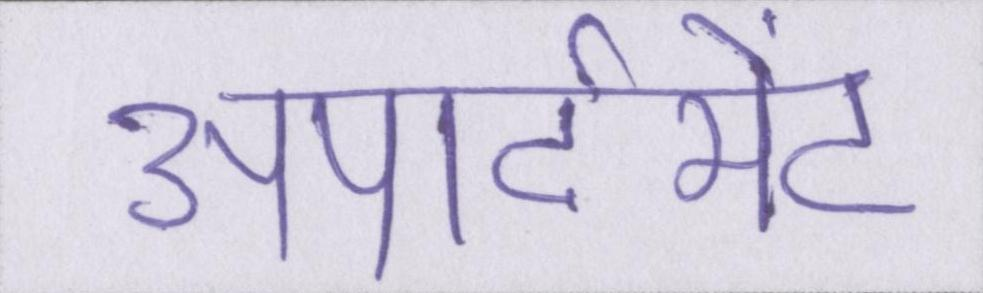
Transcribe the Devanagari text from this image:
अपार्टमेंट